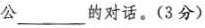
公___的对话。(3分)